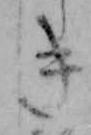
き